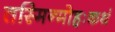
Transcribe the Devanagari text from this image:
तस्मिन्मोहःकथं